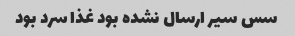
سس سیر ارسال نشده بود غذا سرد بود